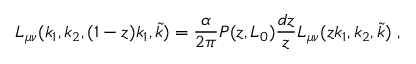
L _ { \mu \nu } ( k _ { 1 } , k _ { 2 } , ( 1 - z ) k _ { 1 } , \tilde { k } ) = \frac { \alpha } { 2 \pi } P ( z , L _ { 0 } ) \frac { d z } { z } L _ { \mu \nu } ( z k _ { 1 } , k _ { 2 } , \tilde { k } ) \ ,